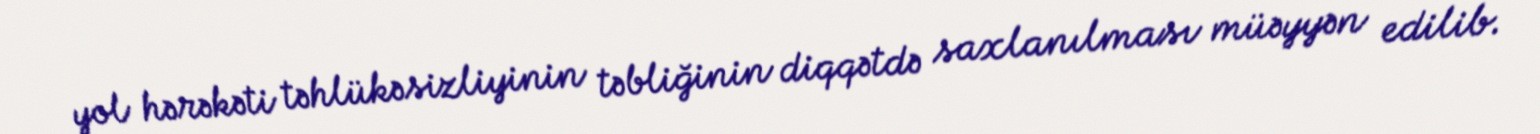
yol hərəkəti təhlükəsizliyinin təbliğinin diqqətdə saxlanılması müəyyən edilib.